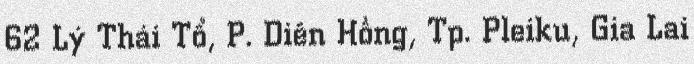
62 Lý Thái Tổ, P. Diên Hồng, Tp. Pleiku, Gia Lai